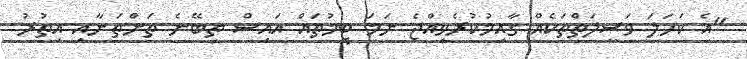
"އެ ކަހަލަ ވަސީލަތްތަކެއް ގާއިމުކުރެވިއްޖެ ނަމަ ޓީމުތައް އައިސް ތިބޭނެ ތަންތަނާއި އިތުރު